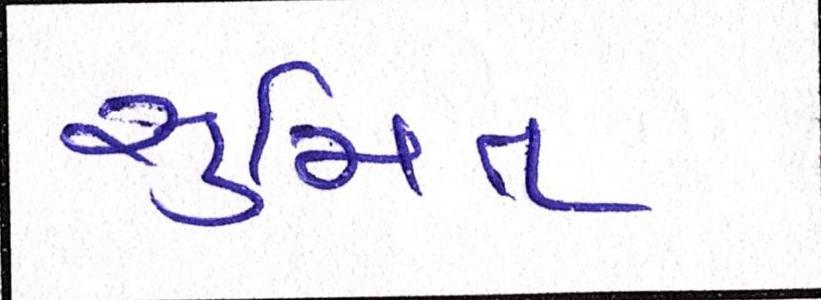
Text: સુમિત